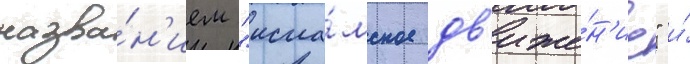
назва́н'ием "исла́мское дв'иже́н'ие" и́